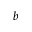
b